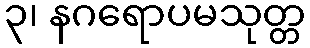
၃၊ နဂရောပမသုတ္တ